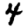
Digit: 4